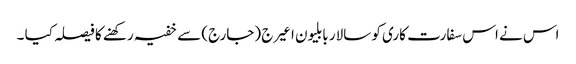
اس نے اس سفارت کاری کو سالار بابلیون اعیرج (جارج) سے خفیہ رکھنے کا فیصلہ کیا ۔